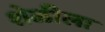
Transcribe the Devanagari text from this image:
शेळीला